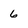
Character: 6